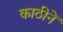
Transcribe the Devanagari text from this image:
काठीनें